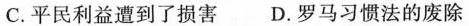
C.平民利益遭到了损害 D.罗马习惯法的废除